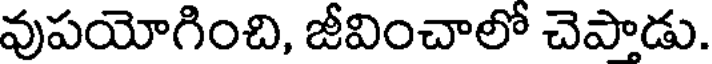
వుపయోగించి, జీవించాలో చెపాడు.